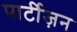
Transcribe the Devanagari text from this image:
पार्टीज़न